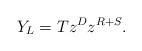
LaTeX: \begin{align*} Y_{L}=Tz^{D}z^{R+S}. \end{align*}